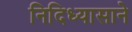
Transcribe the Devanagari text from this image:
निदिध्यासाने